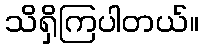
သိရှိကြပါတယ်။